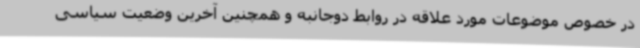
در خصوص موضوعات مورد علاقه در روابط دوجانبه و همچنین آخرین وضعیت سیاسی